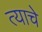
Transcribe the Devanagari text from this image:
त्याचेे